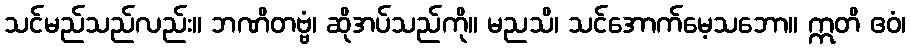
သင်မည်သည်လည်း။ ဘဏိတဗ္ဗံ၊ ဆိုအပ်သည်ကို။ မညသိ၊ သင်အောက်မေ့သဘော။ ဣတိ ဧဝံ၊